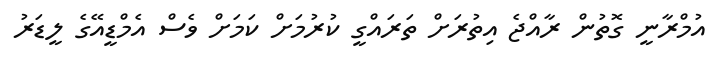
އުމްރާނީ ގޮތުން ރާއްޖެ އިތުރަށް ތަރައްގީ ކުރުމަށް ކަމަށް ވެސް އެމްޑީއޭގެ ލީޑަރު